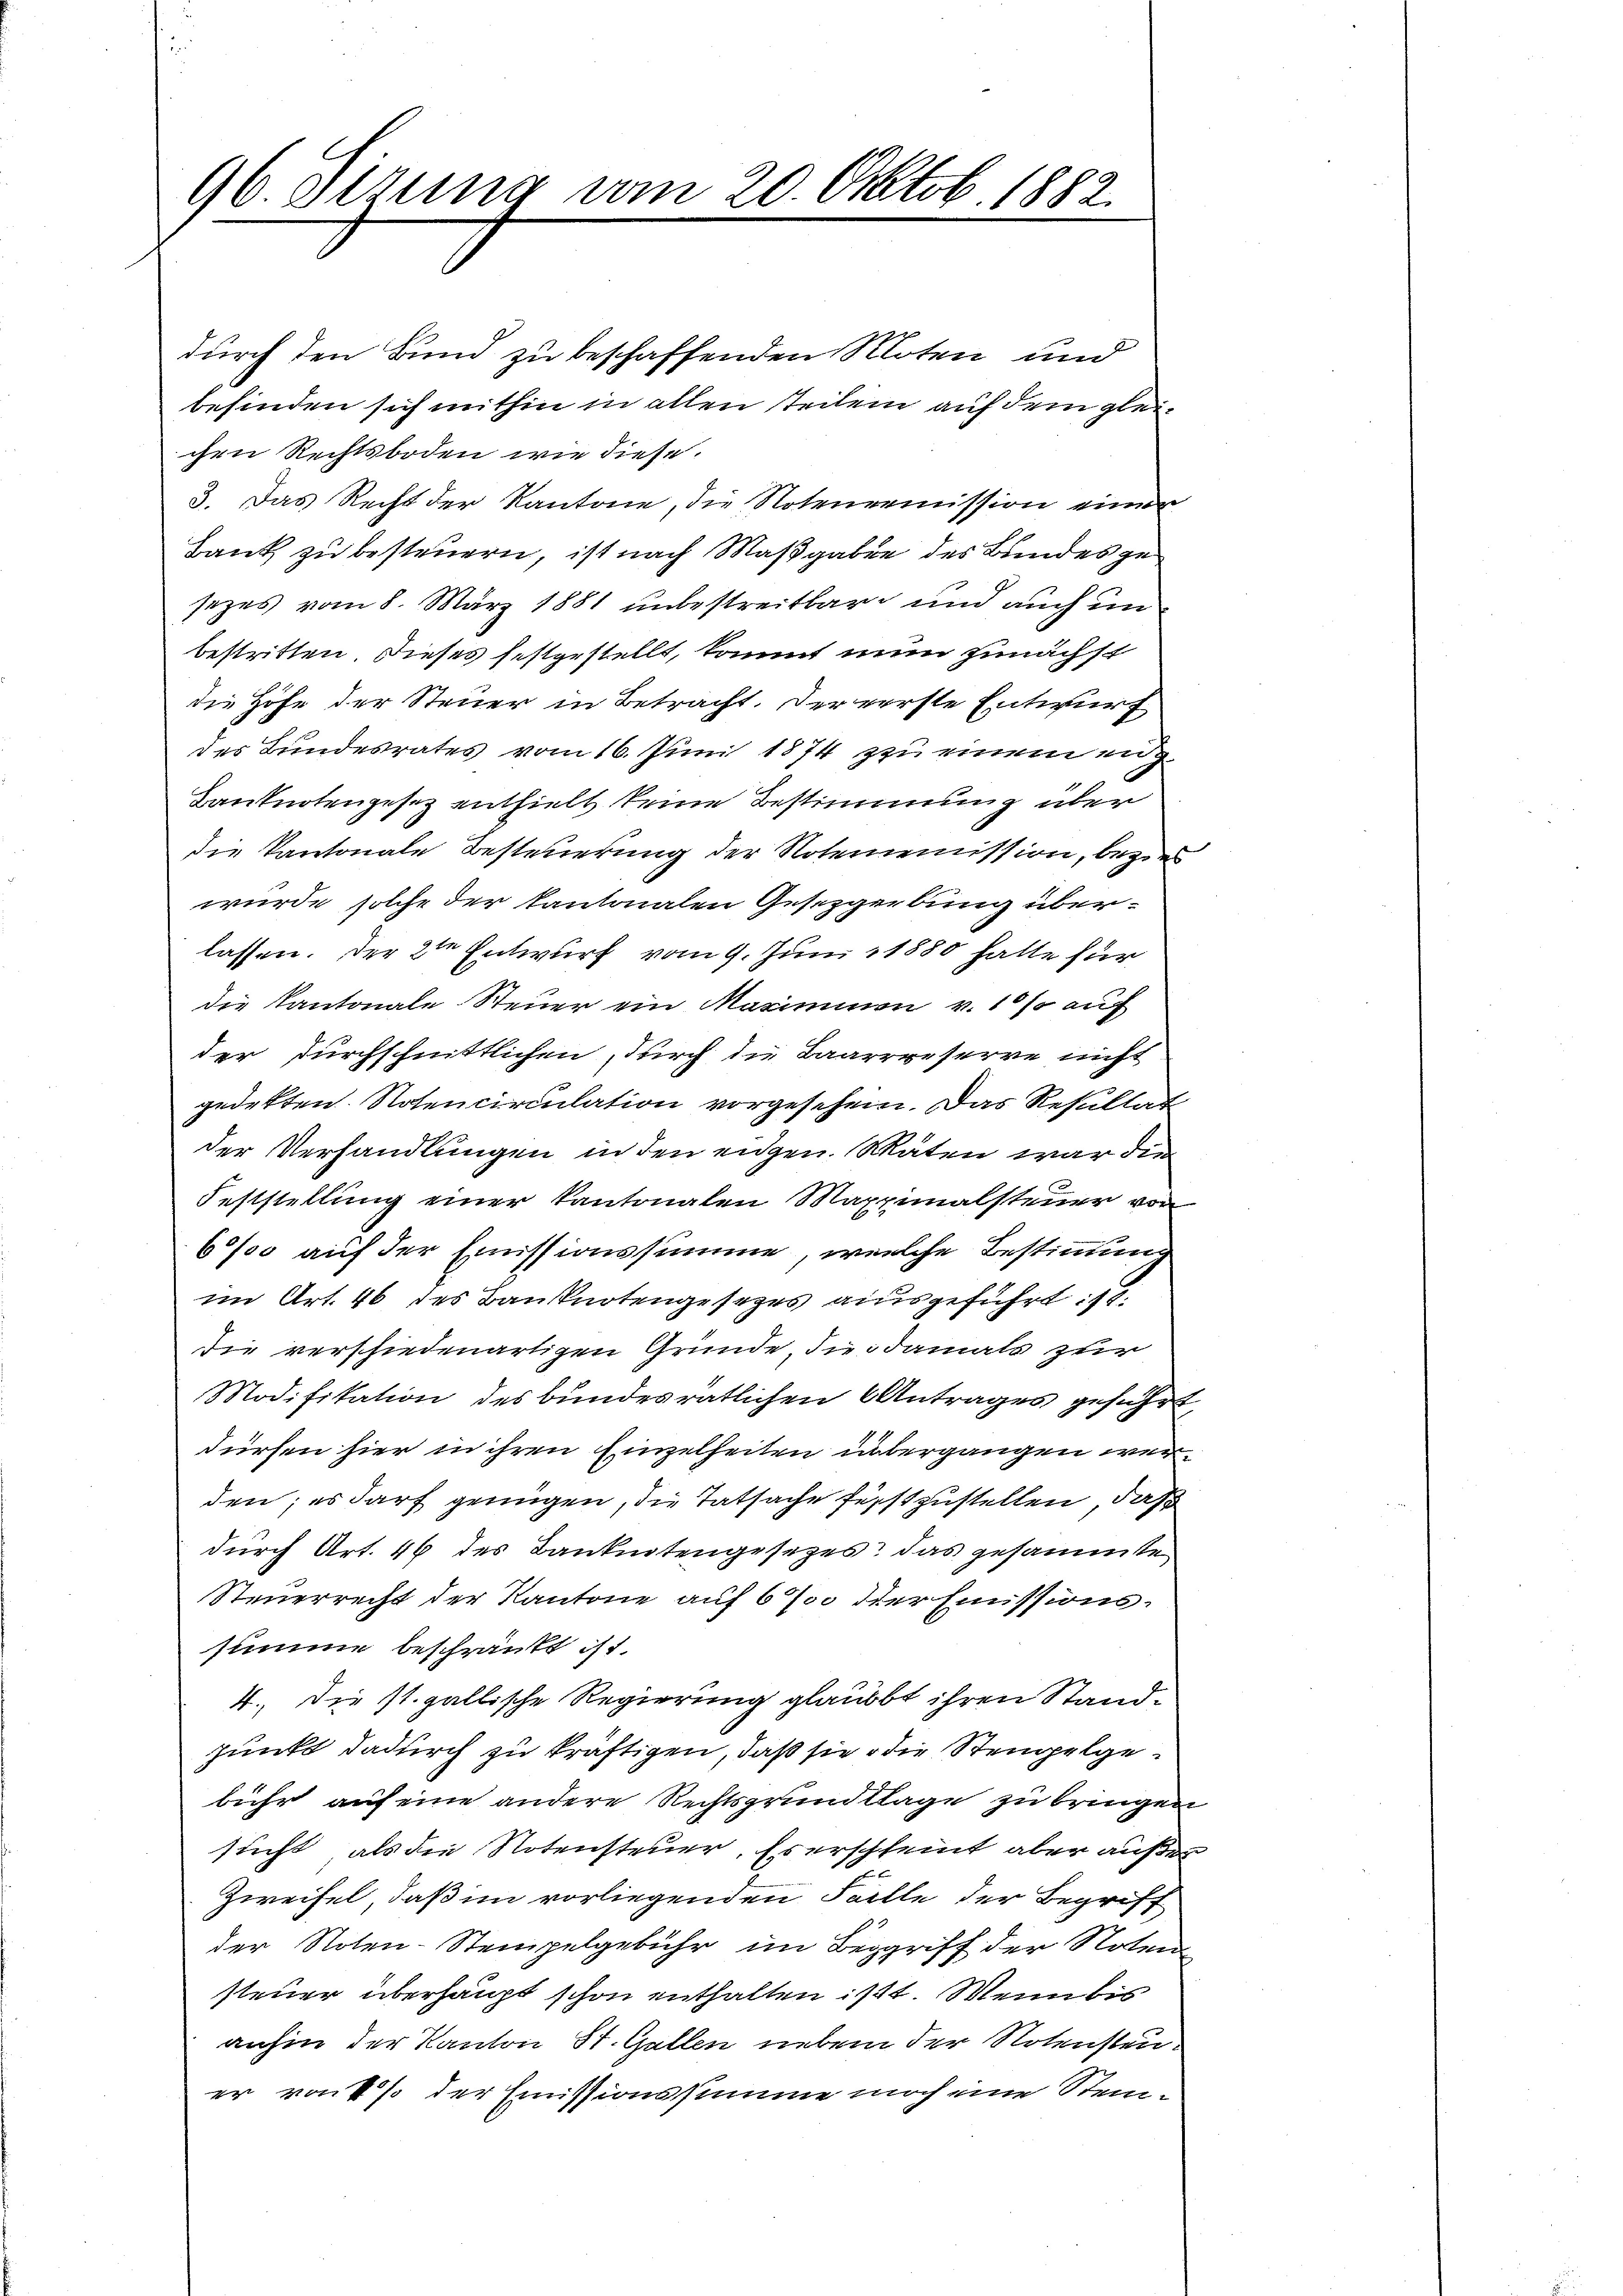
96. Dirung vom 20. Oktob. 1882.

durch den Bund zu beschaffenden Roten und
befinden sich mithin in allen Teilen auf dem gleichen Rechtsboden wie diese
3. Das Recht der Kantone, die Notenermission einer
Bank zu besteuern, ist nach Maßgaben des Bundes ge
sezes vom 8. März 1881 unbestreitbare und auch un
bestritten. Dieses festgestellt, kommt nun zunächst
die Höfe der Steuer in Betracht. Der verste Entwurf
des Bundesrates vom 16. Juni 1874 zu einem eng¬
Kanknotengesez enthielt keine Bestimmung über
die Kantonale Besteuerung der Noteremission, bezie
wurde solche der Kantonalen Gesezgerbung überlassen. Der 2ten Entwurf vom 9. Juni 1880 hatte für
die Kantonale Steuer ein Maximmen v. 10 so auf
der Durchschnittlichen, durch die Baarrgeserre nicht
gedekten. Noten circulation vorgesehen. Das Resultet
der Verhandlungen in den eidgen. Stäten war die
Feststellung einer Kantonalen Maximalsteuer von
60f auf der Emissionssumme, welche Bestimmung
im Art. 46 des Banknotengesetzes ausgeführt: 18.
die verschiedenartigen Gründe, die damals zur
Modifikation des bundesrätlichen Antrages geführt,
dürfen hier in ihren Einzelheiten übergangen werden; es darf genügen, die Tatsache festzustellen, daß
durch Art. 46 des Banknotengesezes das gesammte
Steuerrecht der Kantone auf 6 % der Emissionssumme beschränkt ist.
4. Die st. gallische Regierung glaubbt ihren Standpunkt dadurch zu kräftigen, daß sie die Stempelgebühr auf eine andere Rechtsgrundlage zu bringen
sucht, als die Notensteuer, Es erscheint aber außer
Zweifel, daß im vorliegenden Falle der Begriff
der Noten-Stempelgebühr im Begriff der Noten
steuer überhaupt schon enthalten ist. Wenn bis
anhin der Kanton St. Gallen neben der Notensteuer von 1% der Emissionssumme noch eine Stein¬